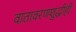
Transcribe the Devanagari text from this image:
वातावरणशुद्धीही